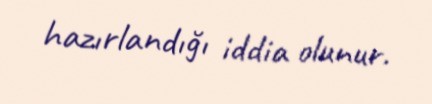
hazırlandığı iddia olunur.